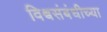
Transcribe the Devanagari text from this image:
विश्वसंबंधीच्या